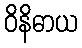
ဝိနိဓာယ